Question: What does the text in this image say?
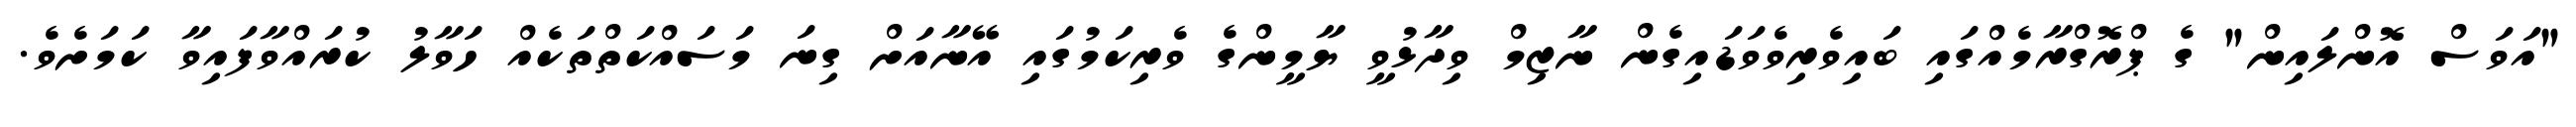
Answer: "އަވަސް އޮންލައިން" ގެ ޕްރޮގްރާމެއްގައި ބައިވެރިވެވަޑައިގެން ނާޒިމް ވިދާޅުވީ ޔާމީންގެ ވެރިކަމުގައި އޭނާއަށް ގިނަ މަސައްކަތްތަކެއް ހަވާލު ކުރައްވާފައިވާ ކަމަށެވެ.